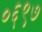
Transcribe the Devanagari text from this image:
०६९७